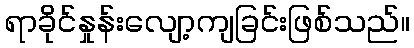
ရာခိုင်နှုန်းလျော့ကျခြင်းဖြစ်သည်။